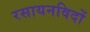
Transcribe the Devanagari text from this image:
रसायनविदों